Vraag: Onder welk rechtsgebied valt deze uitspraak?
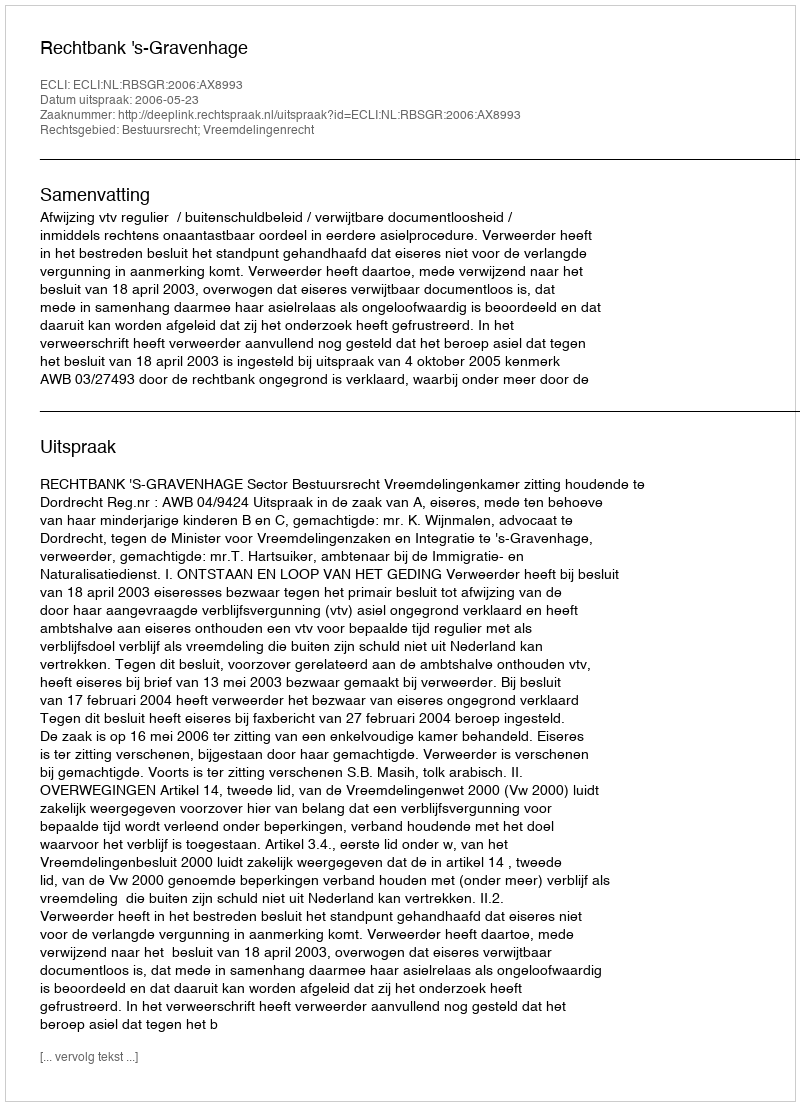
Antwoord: Bestuursrecht; Vreemdelingenrecht